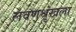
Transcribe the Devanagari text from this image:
लवणश्रृंखला